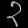
Digit: ၃